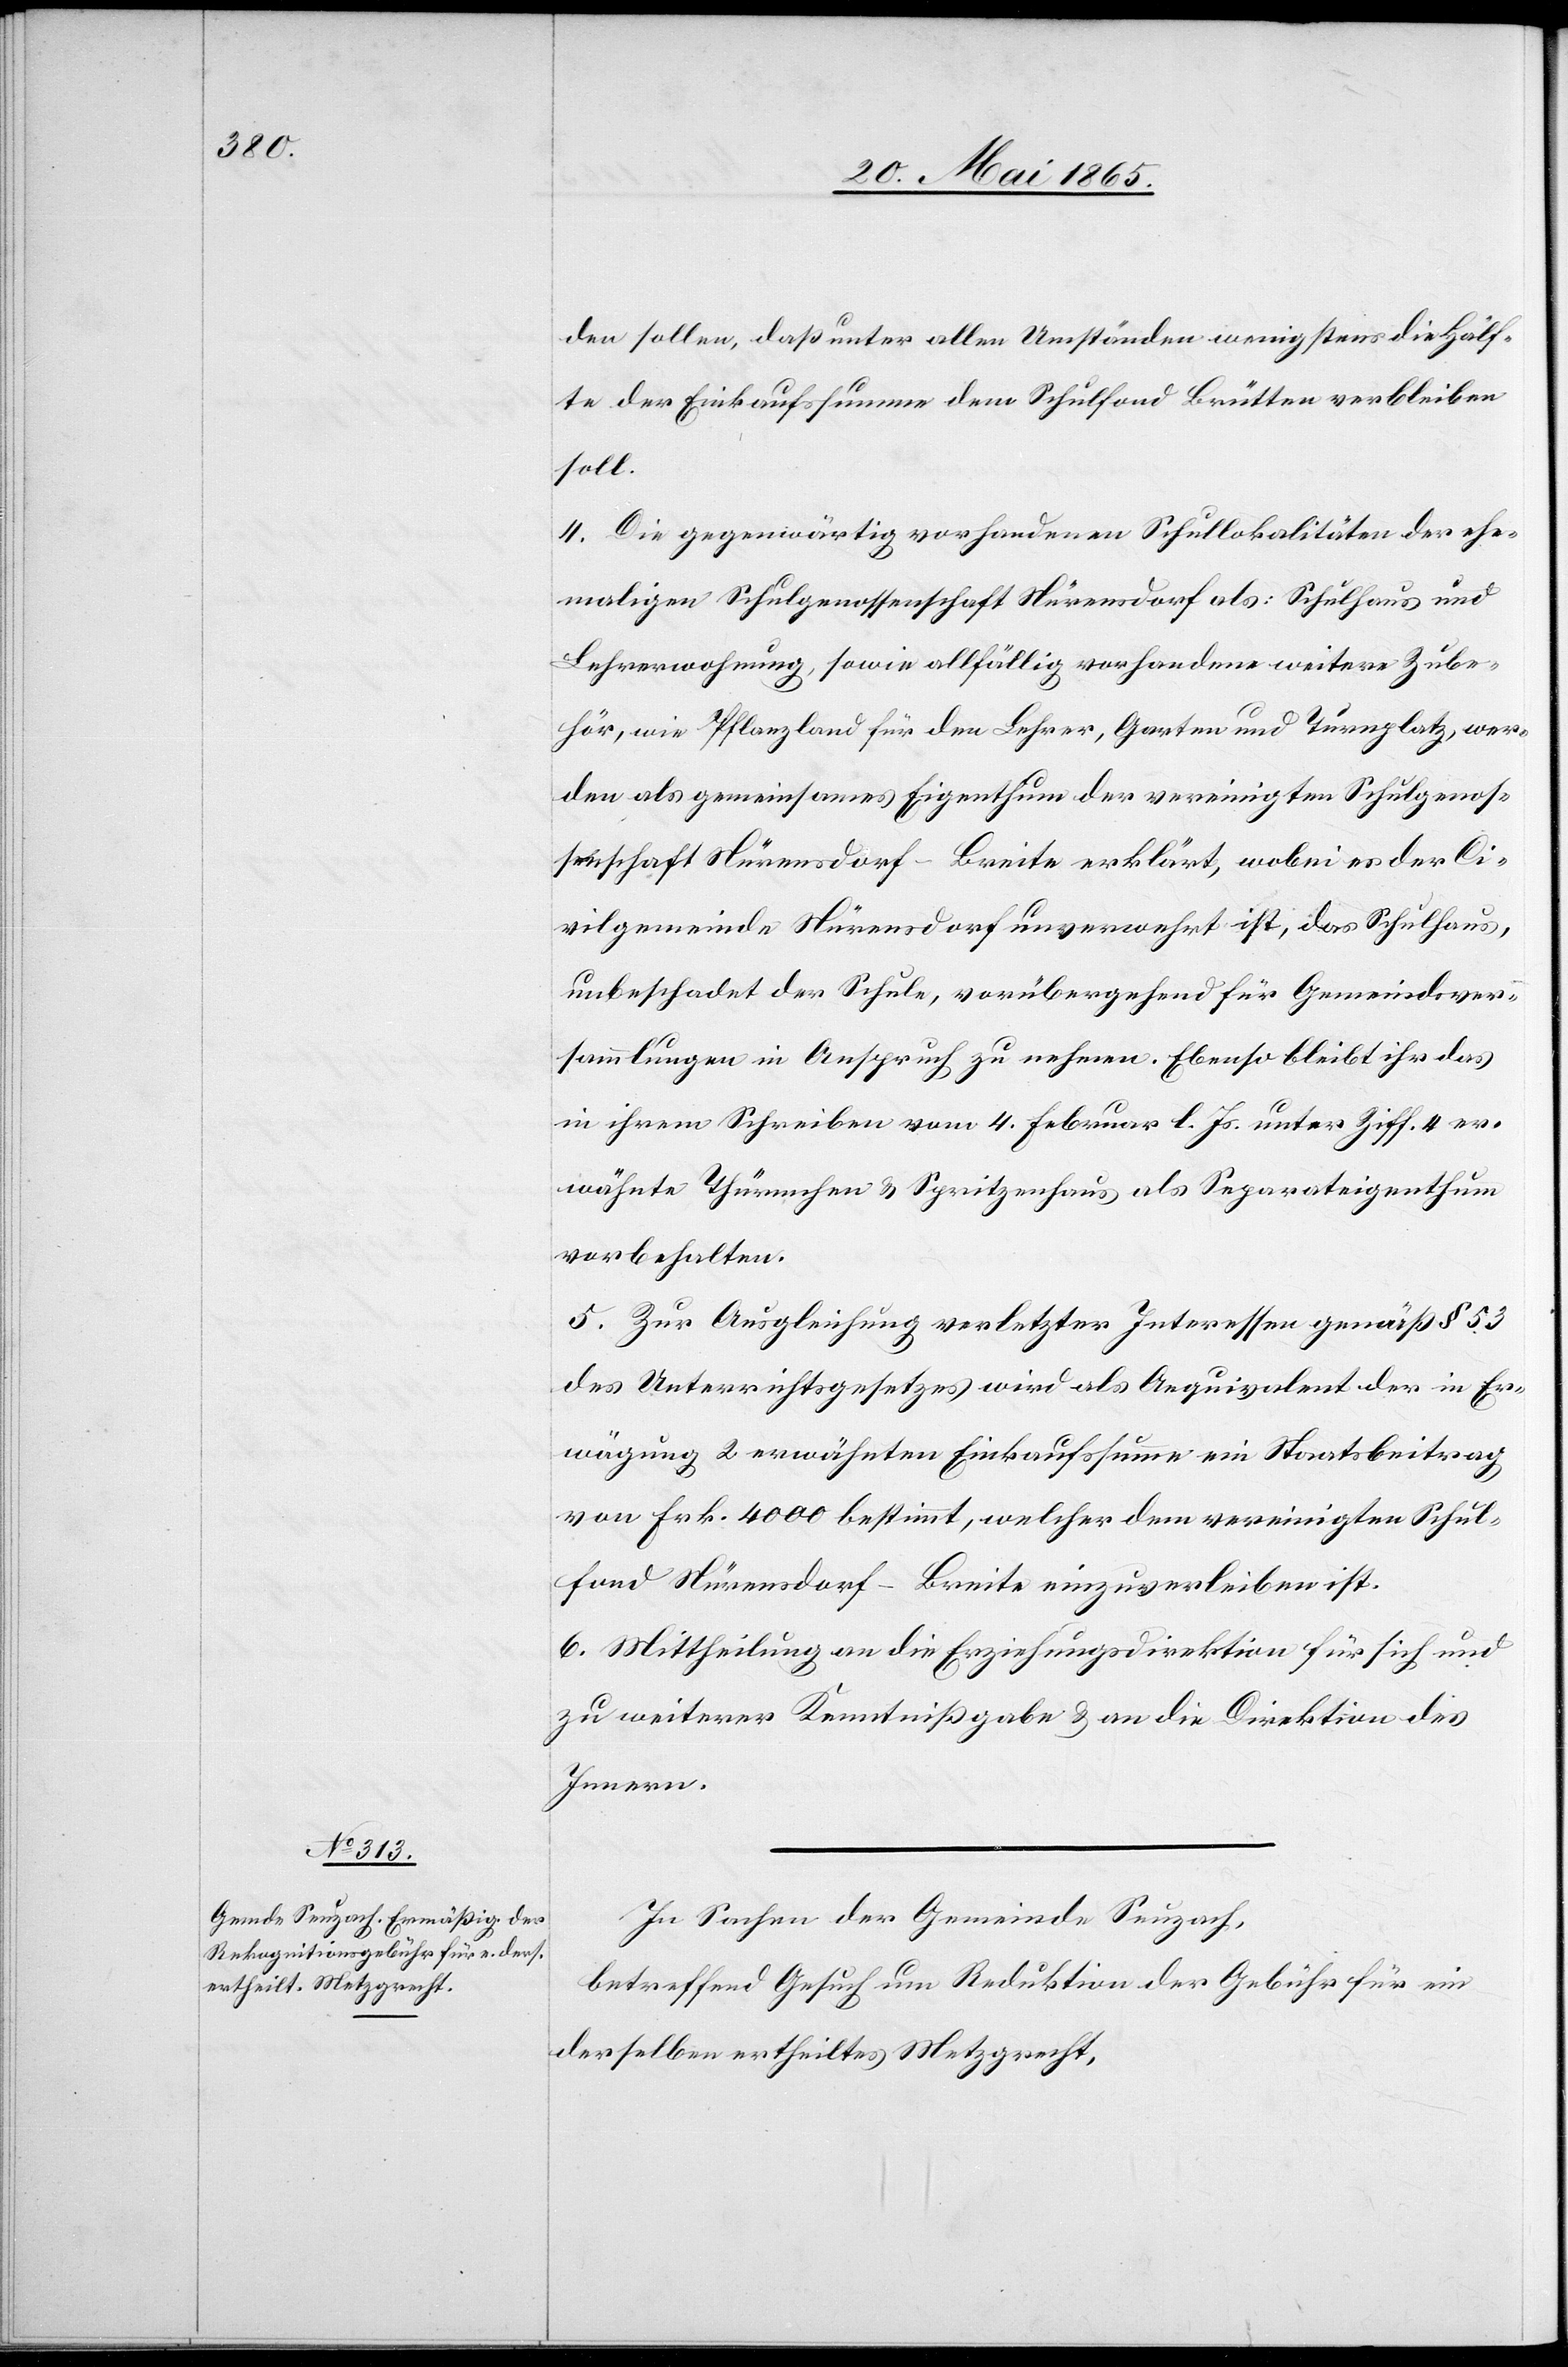
den sollen, daß unter allen Umständen wenigstens die Hälf¬
te der Einkaufssumme dem Schulfond Brütten verbleiben
soll.
4. Die gegenwärtig vorhandenen Schullokalitäten der ehe¬
maligen Schulgenossenschaft Nürensdorf als: Schulhaus und
Lehrerwohnung, sowie allfällig vorhandene weitere Zube¬
hör, wie Pflanzland für den Lehrer, Garten und Turnplatz, wer¬
den als gemeinsames Eigenthum der vereinigten Schulgenos¬
senschaft Nürensdorf-Breite erklärt, wobei es der Ci¬
vilgemeinde Nürensdorf unverwehrt ist, das Schulhaus,
unbeschadet der Schule, vorübergehend für Gemeindsver¬
sammlungen in Anspruch zu nehmen. Ebenso bleibt ihr das
in ihrem Schreiben vom 4. Februar l. Js. unter Ziff. 4 er¬
wähnte Thürmchen & Spritzenhaus als Separateigenthum
vorbehalten.
5. Zur Ausgleichung verletzter Interessen gemäß § 53
des Unterrichtsgesetzes wird als Aequivalent der in Er¬
wägung 2 erwähnten Einkaufssumme ein Staatsbeitrag
von Frk. 4000 bestimmt, welcher dem vereinigten Schul¬
fond Nürensdorf-Breite einzuverleiben ist.
6. Mittheilung an die Erziehungsdirektion für sich und
zu weiterer Kenntnißgabe & an die Direktion des
Innern.
In Sachen der Gemeinde Seuzach,
betreffend Gesuch um Reduktion der Gebühr für ein
derselben ertheiltes Metzgrecht,